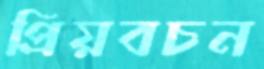
প্রিয়বচন